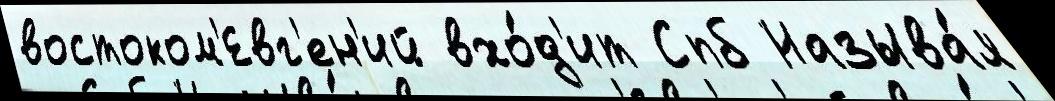
востоком'Евг'ен'ий вхо́д'ит Спб Называ́я